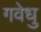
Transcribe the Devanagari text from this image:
गवेधु